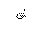
Letter: _qaf